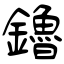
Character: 鑥